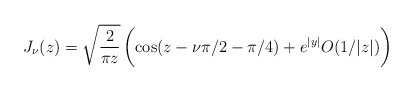
\begin{align*}J_\nu(z)=\sqrt{\frac{2}{\pi z}}\, \bigg(\!\cos(z-\nu\pi/2-\pi/4)+e^{|y|}O(1/|z|)\bigg)\end{align*}